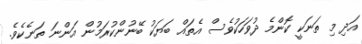
އަދި މި ތަނަކީ ކޮންމެ ދުވަހަކުވެސް އެތައް ބަޔަކު ބޭނުންކުރަމުން އަންނަ ތަނެކެވެ.